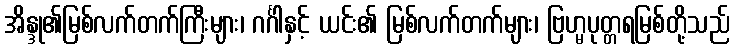
အိန္ဒု၏မြစ်လက်တက်ကြီးများ၊ ဂင်္ဂါနှင့် ယင်း၏ မြစ်လက်တက်များ၊ ဗြဟ္မပုတ္တရမြစ်တို့သည်